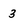
Character: 3